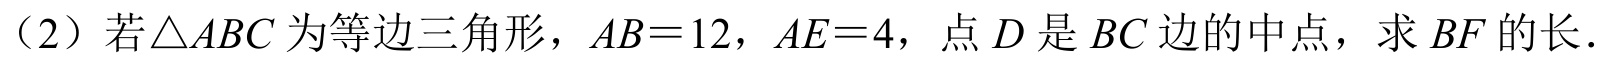
（2）若\(\triangle ABC\)为等边三角形，\(AB = 12\)，\(AE = 4\)，点\(D\)是\(BC\)边的中点，求\(BF\)的长.